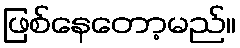
ဖြစ်နေတော့မည်။